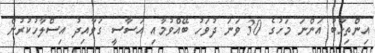
އިންތިހާބު އަންނަ މަހުގެ 30 ވަނަ ދުވަހު ބޭއްވުމާއި އަސާސީ ގަވާއިދު އިސްލާހުކުރުން